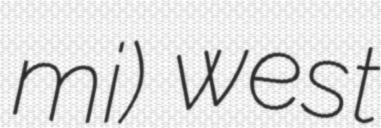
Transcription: mi) west